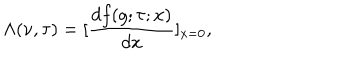
\Lambda ( \nu , \tau ) = [ \frac { d f ( g ; \tau ; x ) } { d x } ] _ { x = 0 } ,